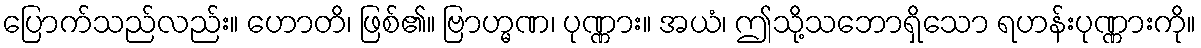
ပြောက်သည်လည်း။ ဟောတိ၊ ဖြစ်၏။ ဗြာဟ္မဏ၊ ပုဏ္ဏား။ အယံ၊ ဤသို့သဘောရှိသော ရဟန်းပုဏ္ဏားကို။